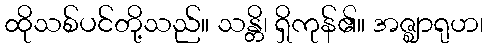
ထိုသစ်ပင်တို့သည်။ သန္တိ၊ ရှိကုန်၏။ အဇ္ဈာရုဟ၊